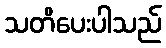
သတိပေးပါသည်